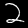
Label: 2